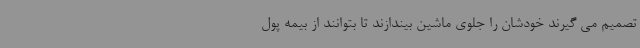
تصمیم می گیرند خودشان را جلوی ماشین بیندازند تا بتوانند از بیمه پول